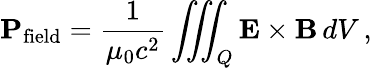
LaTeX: \mathbf{P}_{\mathrm{field}}={\frac{1}{\mu_{0}c^{2}}}\iiint_{Q}\mathbf{E}\times\mathbf{B}\, dV\, ,